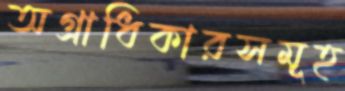
অগ্রাধিকারসমূহ